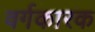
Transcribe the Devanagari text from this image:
वर्गकारक